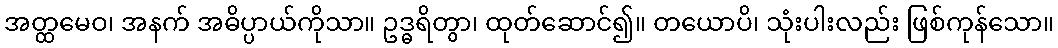
အတ္ထမေဝ၊ အနက် အဓိပ္ပာယ်ကိုသာ။ ဥဒ္ဓရိတွာ၊ ထုတ်ဆောင်၍။ တယောပိ၊ သုံးပါးလည်း ဖြစ်ကုန်သော။